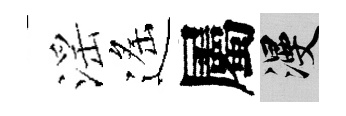
滛遙屬漫